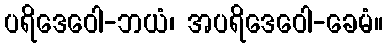
ပရိဒေဝေါ-ဘယံ၊ အပရိဒေဝေါ-ခေမံ။